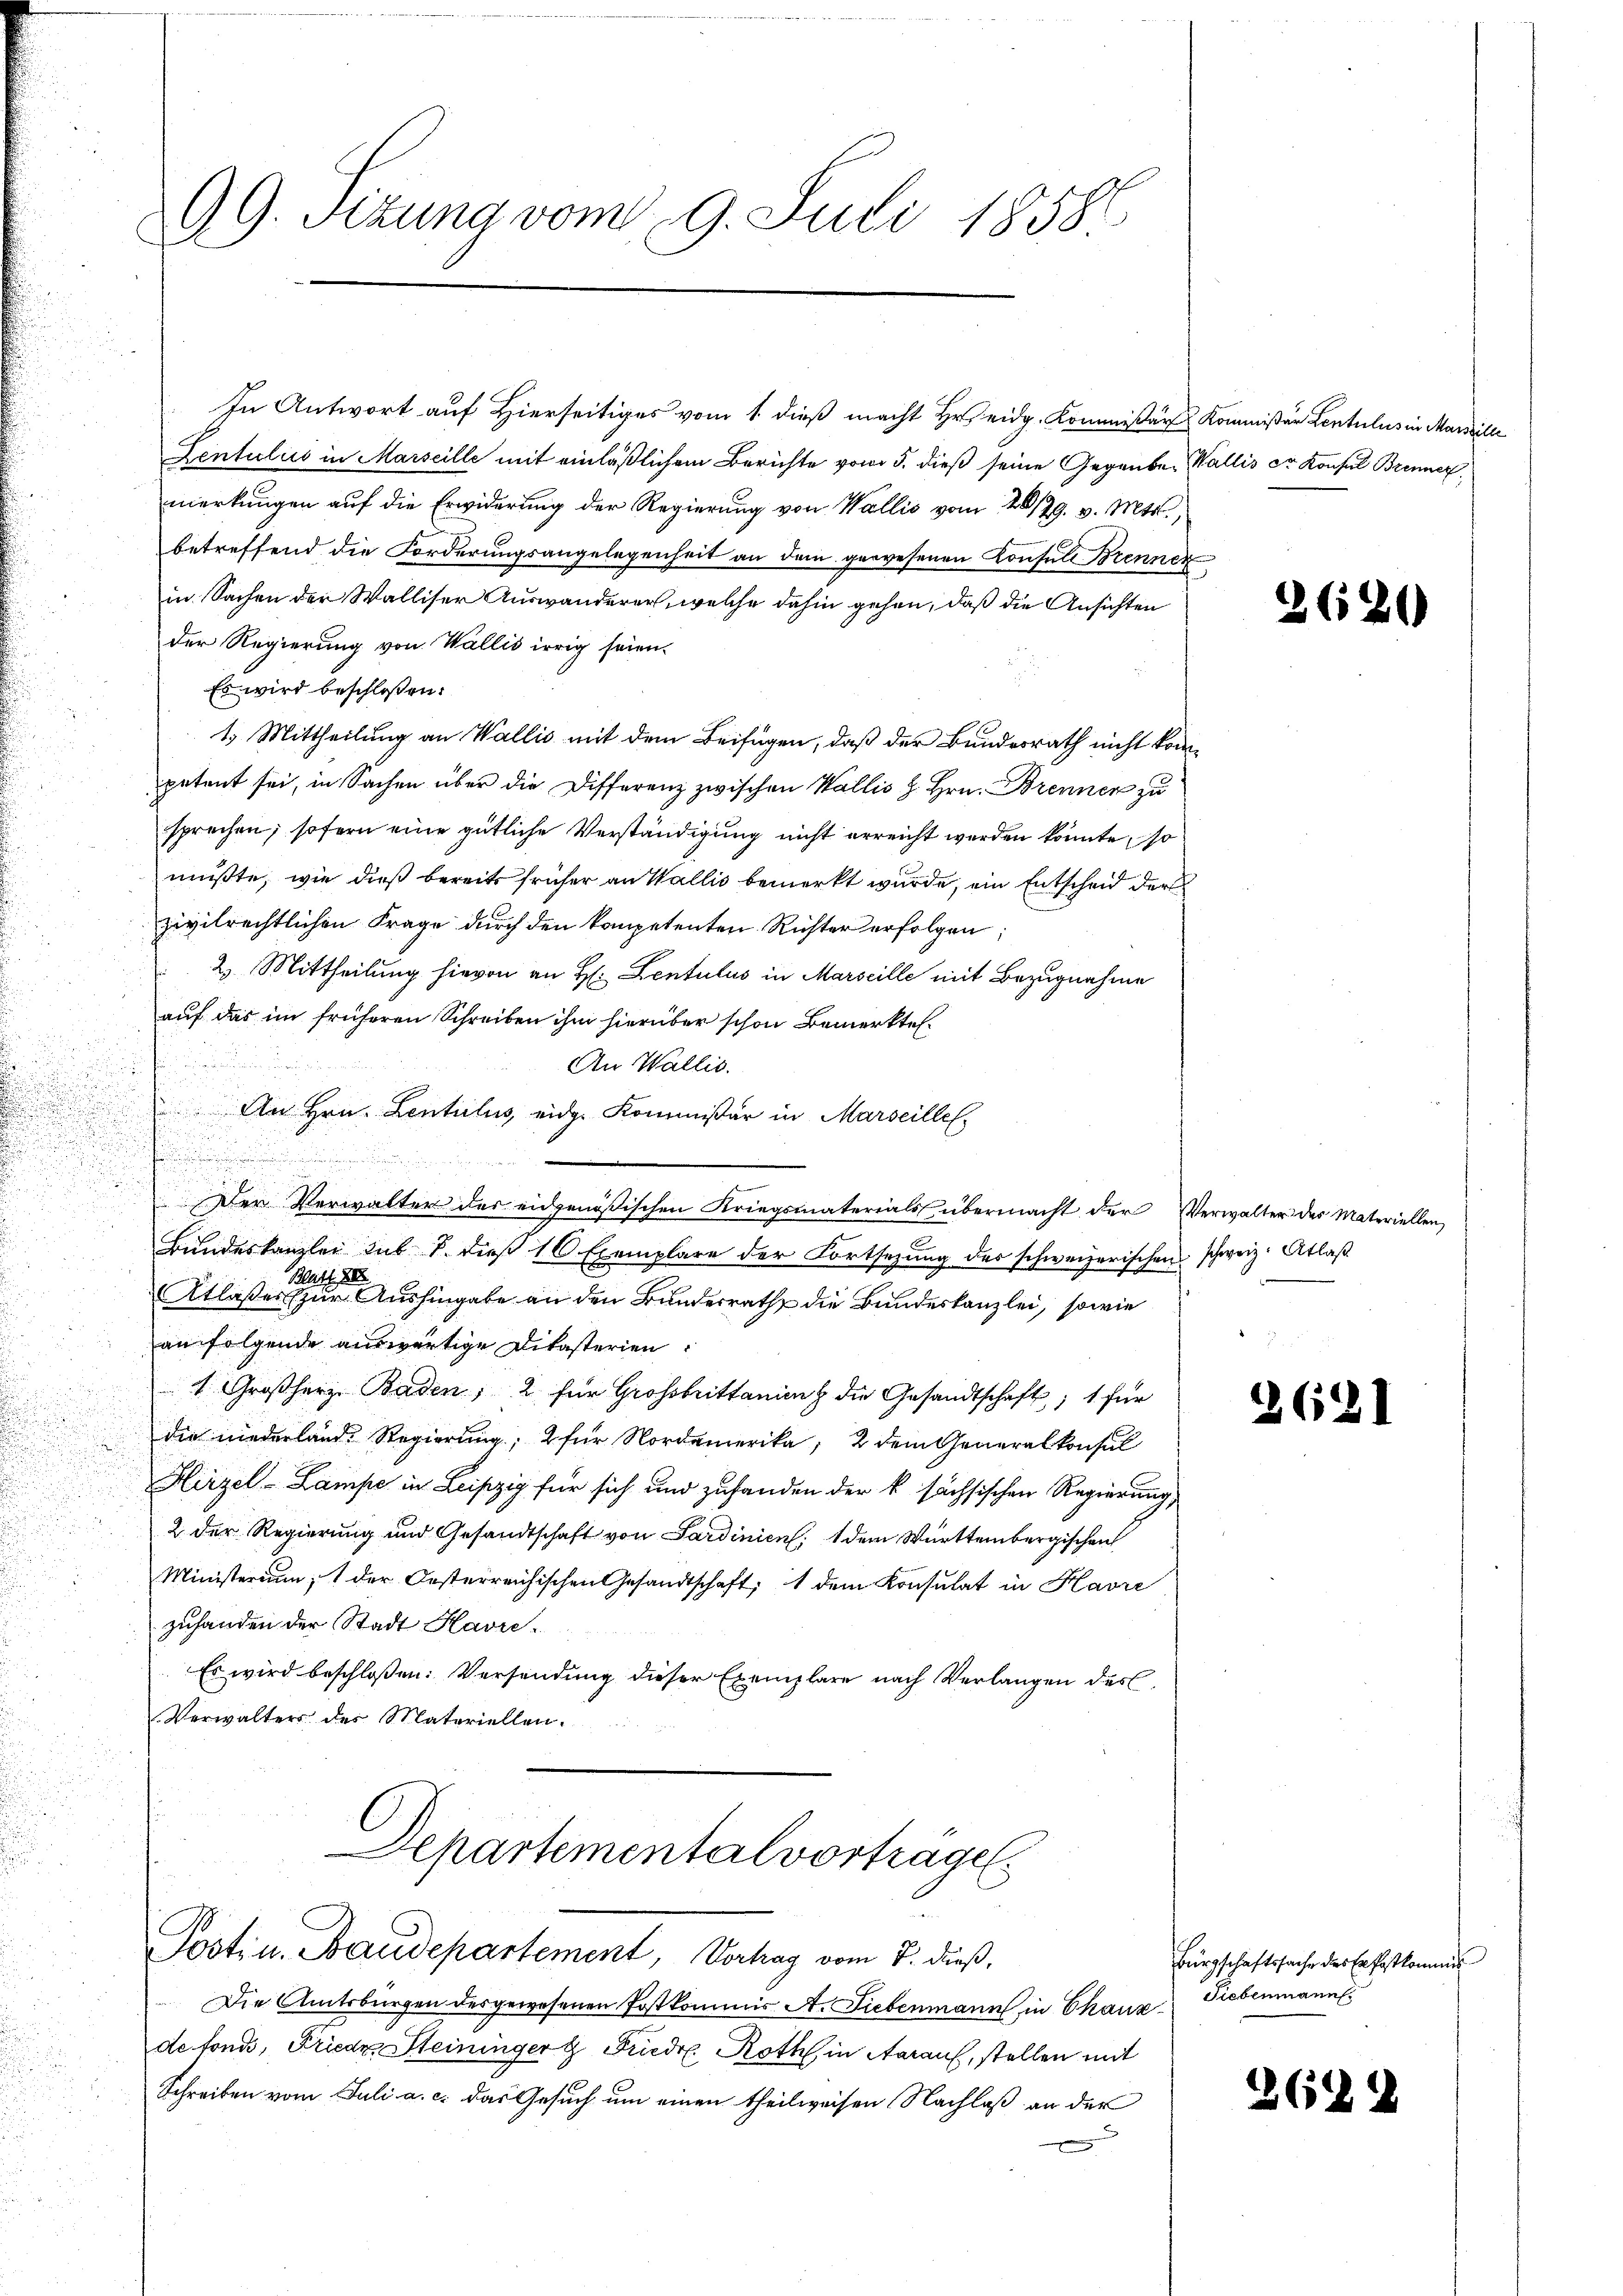
In Antwort auf Hierseitiges vom 1. dieß macht Hr. eidg. Kommißär Kommißär Lentulus in Marille
Zentulis in Marseille mit einläßlichem Berichte vom 5. dieß seine Gegenbe- Wallis Sr. Konsul Brenner
merkungen auf die Erwiderung der Regierung von Wallis vom 28/29. v. Mts.,
betreffend die Forderungsangelegenheit an dem gewesenen Konsul Brenner
in Sachen der Walliser Auswanderer, welche dahin gehen, daß die Ansichten
der Regierung von Wallis irrig seien.
Es wird beschloßen:
1. Mittheilung an Wallis mit dem Beifügen, daß der Bundesrath nicht kompetent sei, in Sachen über die Differenz zwischen Wallis H. Hrn. Brennen zu
sprechen, sofern eine gütliche Verständigung nicht erreicht werden könnte, so
mußte, wie dieß bereits früher an Wallis bemerkt wurde, ein Entscheid der
zivilrechtlichen Frage durch den kompetenten Richter erfolgen;
2. Mittheilung hievon an H: Lentulus in Marseille mit Bezugnahme
auf das im früheren Schreiben ihm hierüber schon Bemerkte.
i
An Wallis.
An Hrn. Lentilus, eidg. Kommissär in Marseille,

.
e
u
Der Verwalter der eidgenößischen Kriegsmaterials übermacht der Verwalter des Materiellen
s
Bundeskanzlei sub 8. dieß 16 Exemplare der Fortsezung des schweizerischen schweiz. Atlaß
Mart. 21.
Atlaßes zur Aushingabe an den Bundesrath die Bundeskanzlei, sowie
an folgende auswärtige Dikasterien
1 Großherz Baden, 2 für Großbrittanienz die Gesandtschaft; 1 für
.
die niederland Regierung; 2 für Nordamerika, 2 dem Generalkonsul
Hirzel-Lampe in Leipzig für sich und zufanden der k sächsischen Regierung
.
u
2 der Regierung und Gesandtschaft von Sardinien, 1 dem Württembergischen
.
Ministerium, 1 der Oesterreichischen Gesandtschaft; 1 dem Konsulat in Havre
zuhanden der Stadt Havre¬
Es wird beschloßen: Versendung dieser Exemplare nach Verlangen des
Verwalters des Materiellen.

AG. Sitzung vom 9. Juli 1858
E
d

Separtementalvortrage
Postin. Baudepartement, Vortrag vom 7. dieß,

Die Amtsbürgen des gewesenen Postkommis A. Liebenmann in Chaux-
de fonds, Friede Steininger & Friedr. Roth, in Aarauf, stellen mit
Schreiben vom Juli a. c. das Gesuch um einen theilweisen Nachlaß an der
9

5

2620

2621

Bürgschaftssache des Er fastkommi
Siebenmann.

2622